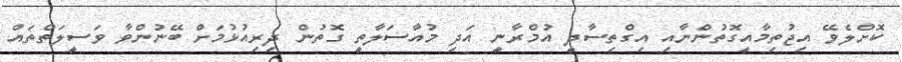
ކޮށްލެވޭ އިޖުތިމާއީގޮތުންނާއި އިގްތިސާދީ އުމްރާނީ އަދި މުއާސަލާތީ ގޮތުން ދިރިއުޅުމަށް ބޭނުންވާ ވަސީލަތްތައް